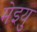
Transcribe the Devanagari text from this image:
मेइयु